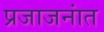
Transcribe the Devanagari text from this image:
प्रजाजनांत